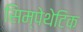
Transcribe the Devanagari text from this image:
सिम्पेथेटिक